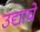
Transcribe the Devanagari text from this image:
उद्याचे